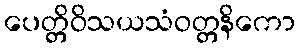
ပေတ္တိဝိသယသံဝတ္တနိကော